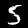
Label: 5